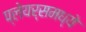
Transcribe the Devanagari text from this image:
प्लेयर्समध्ये